Vital statistics of India. Vol. VI, European troops 1870-79
Year: 1870
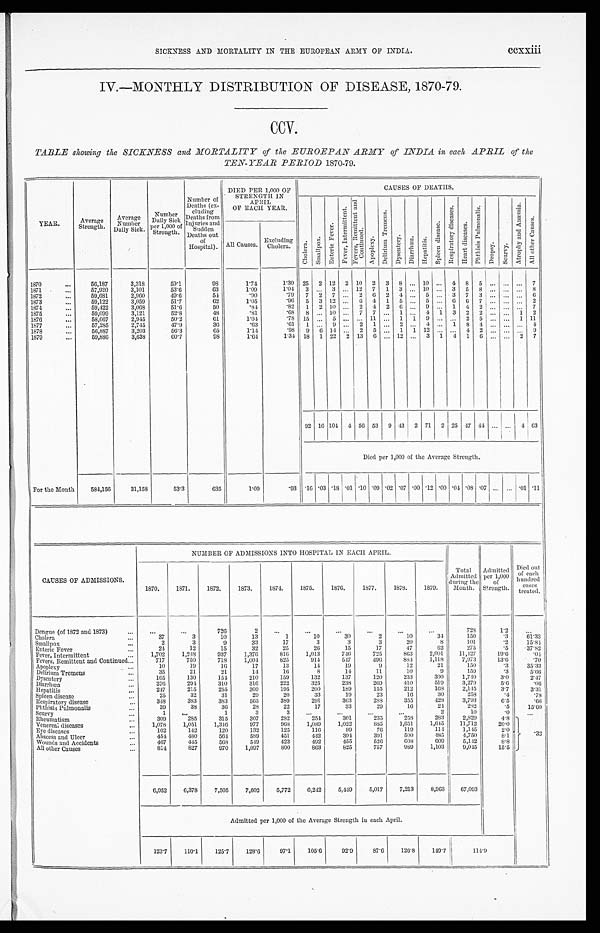
SICKNESS AND MORTALITY IN THE EUROPEAN ARMY OF INDIA.
CCXXiii
IV.—MONTHLY DISTRIBUTION OF DISEASE, 1870-79.
CCV.
TABLE showing the SICKNESS and MORTALITY of the EUROEPAN ARMY of INDIA in each APRIL of the
TEN-YEAR PERIOD 1870-79.
YEAR.
A v e r a g e
Strength.
Average
N u m b e r
DailYSick.
Number .
Daily Sick
per 1,000 of
Strength.
Number of D e a t h s ( e x -
cluding
Deaths from
Injuries and
Sudden
Deaths out
of
Hospital).
DIED PER 1,000 OF
STRENGTH IN
APRIL
OF EACH YEAR.
CAUSES OF DEATHS.
C h o l e r a , S ma l l p o x .
E n t e r i c F e v e r .
F e v e r I n t e r m i t t e n t .
F e v e r s , R e m i t t e n t a n d C o n t i n u e d .
A p o p l e x y .
D e l i r i u m T r e m a n s .
Dy s e n t e r y . D i a r r h œ a .
H e p a t i t i u s .
S p l e e n d i s e a s e .
R e s p i r a t o r y d i s e a s e s .
H e a r t d i s e a s e s .
P h t h i s s P u l m o n a l i s .
D r o p s y . S c u r v y .
A t r o p h y a n d A n æ m i a .
A l l o t h e r C a u s e s .
All Causes.
Excluding
Cholera.
1870
56,187
3,31S
59.1
98
1.74
1.30 25
2 12
2 10
2
3
8 ... 10 ...
4
8
5 ... ... ...
7
1871
57,920
3,101
53.6
63
1.09
1.04
3 ...
3 ... 12
7
1
3 ..... 10 ...
3
5
8 ... ... ...
8
1872
59,681
2,060
49.6
51
.90
..79
7
2
7 ...
2
6
2
4 .... 5 ...
3
7
3 ... ..... ...
6
1873
59,122
3,059
51.7
62
1.05
.96
5
3 12 ...
6
4
1
5 .... 5 ...
6
6
7 ... ...., ...
2
1874
59,422
3,063
51.6
50
'31
.82
1
2 10 ...
2
4
2 6 ..... 9 ...
1
4
2 ... ..... ...
7
1 8 7 5
59,099
3,121
52.8
43
'81
.68
8 .., 10 ..,
7
7 ...
1 ...
4
1
3
2
2 ... ...
4
2
1976
53,667
2,045
50.2
GI
1'01
.78 15 ...
5 ...
-
. . 11 ...
1
1
9 ... ...
.
2
5 ... ...
. . . 1 11
1877
57,285
2,745
47.9
36
. . . . 6 3
.61
1 ...
0 ...
2
1 ...
2 . . . . 4 ...
1
8
4 .., ... ...
4
1878
56,887
3,203
56.3
65
1.14
.98
9
9 14 ..... 2
5 ...
1
. . .
12 . . ...
4
2 ...
. . . ...
0
1879
59,836
3,638
60.7
0 8
1.61
1.31 18
1 22
2 13
6 ... 12 ...
3
1
4
1
6 ...
. . . 2
7
92 16 101
4 56 53
9 43
2 71
2 25 47 44 ... ...
4 63
Died per 1,000 of the Average Strength.
For the Mouth
584,156
31,158
53.3
635
1.09
.93
. 16 .03 .18 .01 .10 .09 .02 .07 .00 .12 .00 .04 .08 .07 ... ... .01 .11
CAUSES OF ADMISSIONS.
NUMBER OP ADMISSIONS INTO HOSPITAL IN EACH APRIL.
Total
Admitted
during the
Mouth.
Admitted
per 1,000
of
Strength.
Died out
of e tch
- ' .
hundi ed
cases
treated.
1870.
1871.
1872.
1873.
1874.
1875.
1876.
1877.
187S.
1879.
Dengue (of 1872 and 1873)...
...
...
726
2
...
...
...
...
...
...
729
1.2
Cholera
...
37
3
10
13
1
10
30
2
10
34
150
.3
61.33
Smallpox
2
3
9
33
17
3
3
3
20
S
101
.2
15'81
-•
Enteric Fever
24
12
15
32
25
26
15
17
17
02
275
.5
37'82
Fever, Intermittent
1,702
1,249
937
1,370
810
1,013
710
725
803
2,001
11,127
10'6
. 0 4
Fevers, Remittent and Continued...
717
750
718
1,001
825
014
547
.90
884
1,118
7,973
13'0
.70
Apoplexy...
19
16
17
13
11
19
9
12
21
150
.3
35.33
Delirium Tremens
...
35
21
21
14
10
8
14
11
10
9
1 5 9
.3
5.00
Dysentery
10:i
130
151
210
159
132
137
120
233
300
1,710
3.0
2.47
Diarrhwa
370
291
310
310
222
325
238
269
410
519
3,270
5.6
.41
Hepatitis
-
217
215
255
300
195
200
189
155
212
109
2,1-15
3•7
3.31
Spleen disease
25
32
31
20
20
33
10
23
16
30
253
.4
.78
Respiratory disease
318
383
383
565
389
201
303
288
355
428
3,793
6.5
.66
Phthisis Pulmonalis
30
38
36
28
22
17
33
29
16
21
282
. 5
15.00
Scurvy
...
1
...
1
3
3
...
...
...
...
2
10
.0
. . .
Rheumatism.
309
285
315
307
232
251
301
235
258
283
2,320
4.8
Venereal diseases
1,078
1,051
1,3-16
077
009
1,080
1,022
8 8 5
1,051
1,615
11,712
20.0
eyediseases
102
142
120
132
125
116
99
70
119
114
1,145
2.0
.3
Abscess and Ulcer
454
480
561
589
451
442
391
301
500
485
4,750
8.1
.
Wounds and Acdents
467
445
509
519
423
402
455
5211
009
600
5,1-12
8.8
All other Causes
814
827
970
1,097
800
863
825
757
080
1,103
0,045
15'5
6,952
6,378
7,505
7,602
5,772
6,212
5,119
5,017
7,213
8,963
67,093
Admitted per 1,000 of the Average Strength iu each April.
123'7
110.1
125.7
128.6
97.1
105.6
92.9
87.6
126.8
149.7
111.9